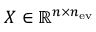
X \in \mathbb { R } ^ { n \times n _ { \mathrm { e v } } }